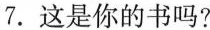
7.这是你的书吗?